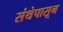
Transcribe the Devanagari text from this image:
संथेपासून